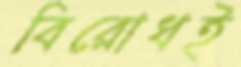
বিরোধই